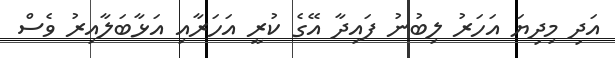
އަދި މިދިޔަ އަހަރު ލިބުނު ފައިދާ އޭގެ ކުރީ އަހަރާއި އަޅާބަލާއިރު ވެސް